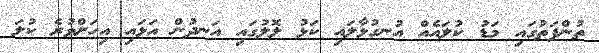
ތުންފަތުގައި މަޑު ކުލައެއް އުނގުޅާލައި ކަޅު ލޮލުގައި އަނދުން އަޅައި އިހަށްވުރެ ކުލަ